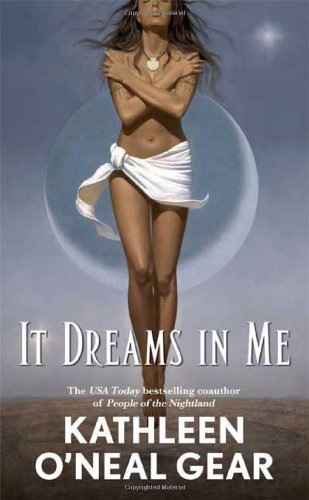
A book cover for It Dreams in Me (In Me Series); Kathleen O'Neal Gear; Romance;